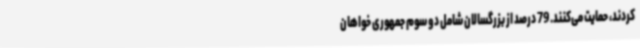
کردند، حمایت می‌کنند. 79 درصد از بزرگسالان شامل دو سوم جمهوری خواهان